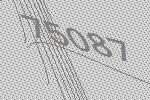
75087